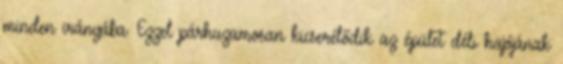
minden irányába. Ezzel párhuzamosan kicserélődik az épület déli hajójának